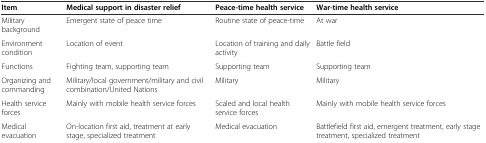
<table><thead><tr><td><b>Item</b></td><td><b>Medical support in disaster relief</b></td><td><b>Peace-time health service</b></td><td><b>War-time health service</b></td></tr></thead><tbody><tr><td>Military background</td><td>Emergent state of peace time</td><td>Routine state of peace-time</td><td>At war</td></tr><tr><td>Environment condition</td><td>Location of event</td><td>Location of training and daily activity</td><td>Battle field</td></tr><tr><td>Functions</td><td>Fighting team, supporting team</td><td>Supporting team</td><td>Supporting team</td></tr><tr><td>Organizing and commanding</td><td>Military/local government/military and civil combination/United Nations</td><td>Military</td><td>Military</td></tr><tr><td>Health service forces</td><td>Mainly with mobile health service forces</td><td>Scaled and local health service forces</td><td>Mainly with mobile health service forces</td></tr><tr><td>Medical evacuation</td><td>On-location first aid, treatment at early stage, specialized treatment</td><td>Medical evacuation</td><td>Battlefield first aid, emergent treatment, early stage treatment, specialized treatment</td></tr></tbody></table>